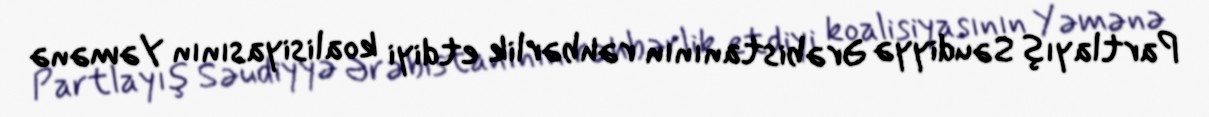
Partlayış Səudiyyə Ərəbistanının rəhbərlik etdiyi koalisiyasının Yəmənə